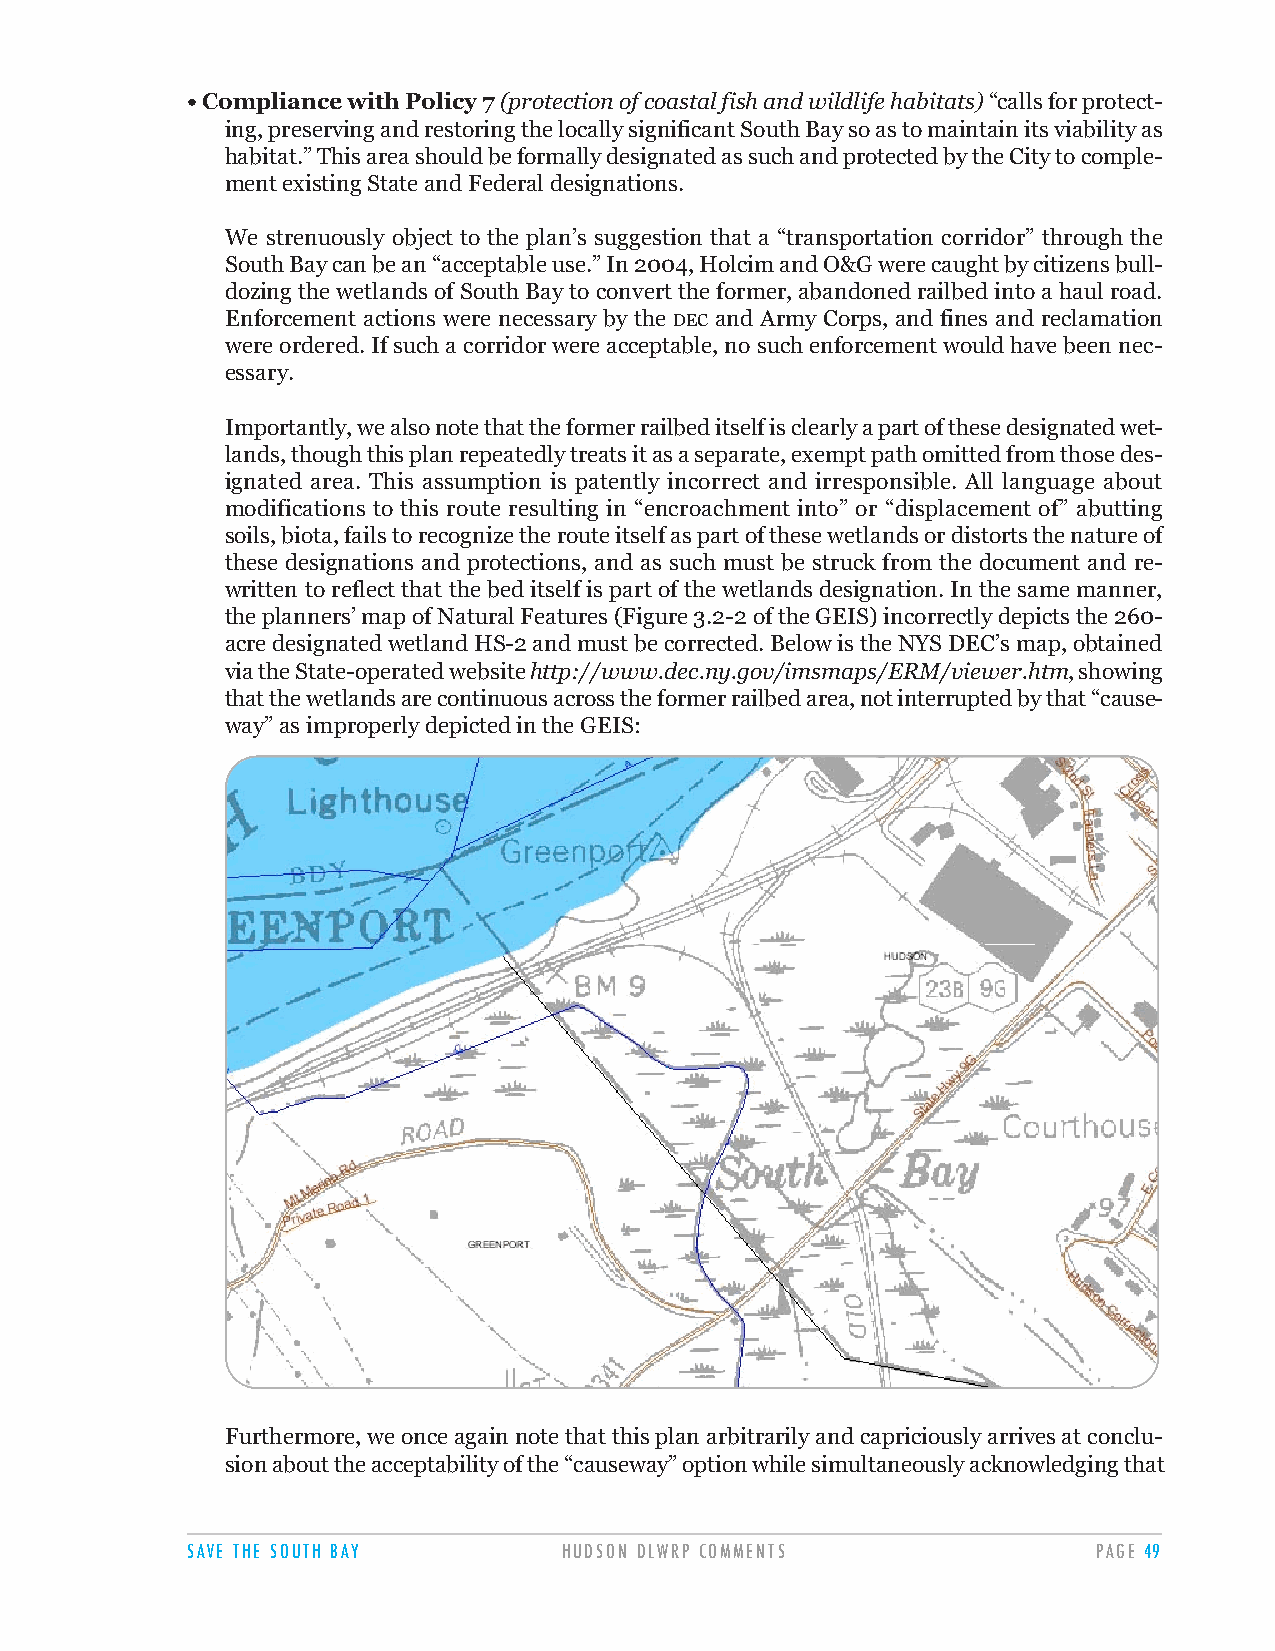
• Compliance with Policy 7 (protection of coastal fish and wildlife habitats)“calls for protect-
 ing, preserving and restoring the locally significant South Bay so as to maintain its viability as
 habitat.” This area should be formally designated as such and protected by the City to comple-
 ment existing State and Federal designations.
 We strenuously object to the plan’s suggestion that a “transportation corridor” through the
 South Bay can be an “acceptable use.” In 2004, Holcim and O&G were caught by citizens bull-
 dozing the wetlands of South Bay to convert the former, abandoned railbed into a haul road.
 Enforcement actions were necessary by the DEC and Army Corps, and fines and reclamation
 were ordered. If such a corridor were acceptable, no such enforcement would have been nec-
 essary.
 Importantly, we also note that the former railbed itself is clearly a part of these designated wet-
 lands, though this plan repeatedly treats it as a separate, exempt path omitted from those des-
 ignated area. This assumption is patently incorrect and irresponsible. All language about
 modifications to this route resulting in “encroachment into” or “displacement of” abutting
 soils, biota, fails to recognize the route itself as part of these wetlands or distorts the nature of
 these designations and protections, and as such must be struck from the document and re-
 written to reflect that the bed itself is part of the wetlands designation. In the same manner,
 the planners’ map of Natural Features (Figure 3.2-2 of the GEIS) incorrectly depicts the 260-
 acre designated wetland HS-2 and must be corrected. Below is the NYS DEC’s map, obtained
 via the State-operated website http://www.dec.ny.gov/imsmaps/ERM/viewer.htm, showing
 that the wetlands are continuous across the former railbed area, not interrupted by that “cause-
 way” as improperly depicted in the GEIS:
 Furthermore, we once again note that this plan arbitrarily and capriciously arrives at conclu-
 sion about the acceptability of the “causeway” option while simultaneously acknowledging that
 SAVE THE SOUTH BAY       HUDSON DLWRP COMMENTS               PAGE 49